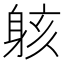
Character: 䠹